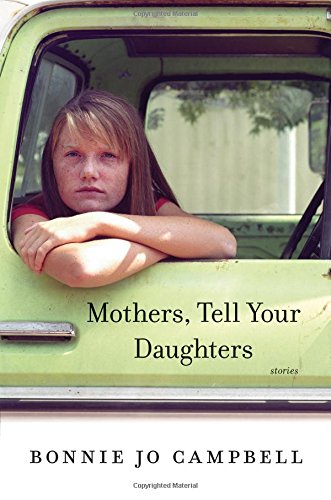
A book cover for Mothers, Tell Your Daughters: Stories; Bonnie Jo Campbell; Literature & Fiction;